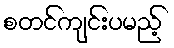
စတင်ကျင်းပမည့်